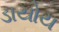
ડાયોય